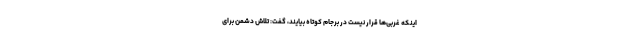
اینکه غربی‌ها قرار نیست در برجام کوتاه بیایند، گفت: تلاش دشمن برای